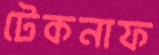
টেকনাফ